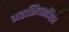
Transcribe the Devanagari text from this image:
महाशिवरात्रिव्रत